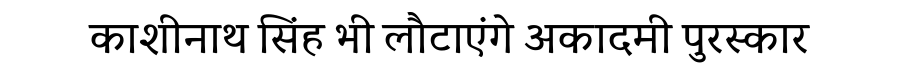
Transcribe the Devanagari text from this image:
काशीनाथ सिंह भी लौटाएंगे अकादमी पुरस्कार